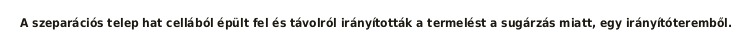
A szeparációs telep hat cellából épült fel és távolról irányították a termelést a sugárzás miatt, egy irányítóteremből.